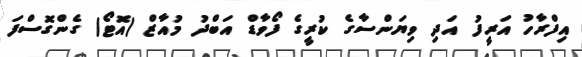
އިފްރާހު އަރީފު އަދި ވިޔަންސާގެ ކުރީގެ ފޯވާޑް އަބްދު މުއާޒް (އޮޓޯ) ގެންގޮސްފަ